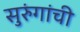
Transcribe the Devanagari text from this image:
सुरुंगांची